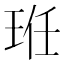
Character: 𭹆